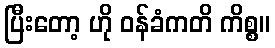
ပြီးတော့ ဟို ဝန်ခံကတိ ကိစ္စ။